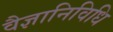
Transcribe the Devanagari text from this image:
वैज्ञानिविधि